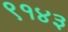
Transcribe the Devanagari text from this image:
९१४३